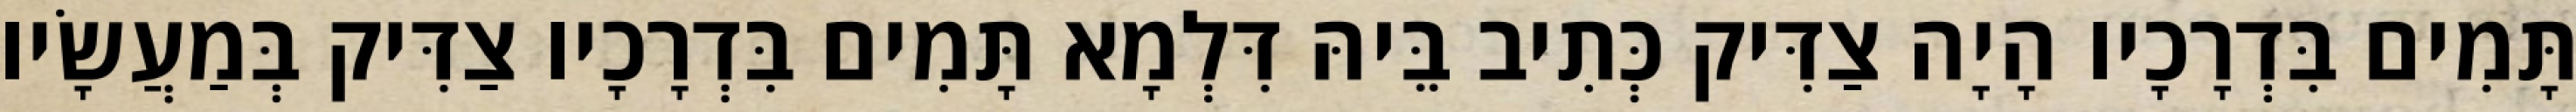
תָּמִים בִּדְרָכָיו הָיָה צַדִּיק כְּתִיב בֵּיהּ דִּלְמָא תָּמִים בִּדְרָכָיו צַדִּיק בְּמַעֲשָׂיו